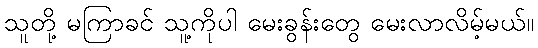
သူတို့ မကြာခင် သူ့ကိုပါ မေးခွန်းတွေ မေးလာလိမ့်မယ်။